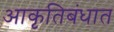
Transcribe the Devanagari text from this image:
आकृतिबंधात